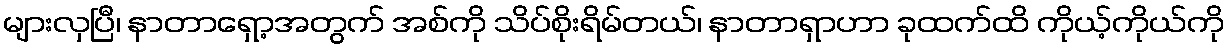
များလှပြီ၊ နာတာရှော့အတွက် အစ်ကို သိပ်စိုးရိမ်တယ်၊ နာတာရှာဟာ ခုထက်ထိ ကိုယ့်ကိုယ်ကို